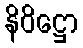
နိဝိဋ္ဌော